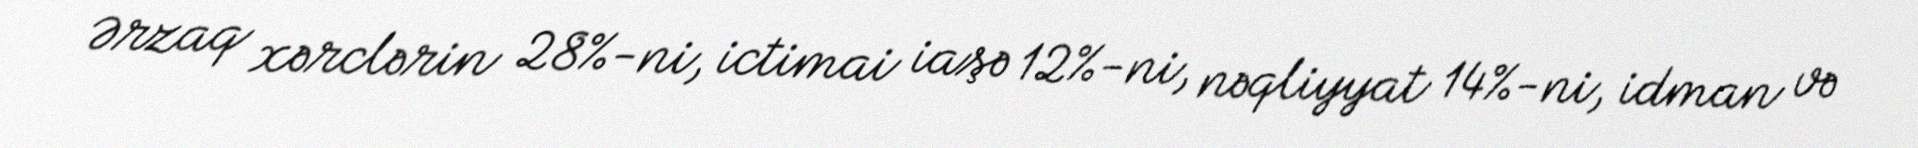
Ərzaq xərclərin 28%-ni, ictimai iaşə 12%-ni, nəqliyyat 14%-ni, idman və